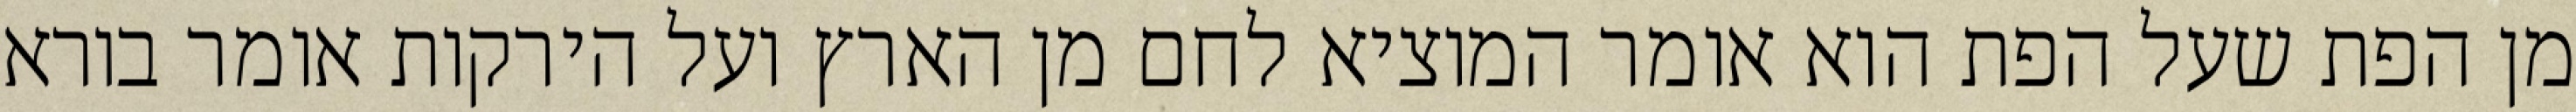
מן הפת שעל הפת הוא אומר המוציא לחם מן הארץ ועל הירקות אומר בורא